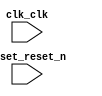

module sensor_reader (
	clk_clk,
	reset_reset_n);	

	input		clk_clk;
	input		reset_reset_n;
endmodule